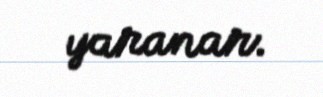
yaranar.